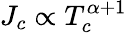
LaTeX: {J}_{c}\propto T_{c}^{\alpha+1}